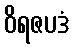
ဝိရဇပဒံ